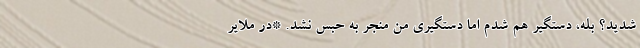
شدید؟ بله، دستگیر هم شدم اما دستگیری من منجر به حبس نشد. *در ملایر